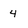
Character: 4